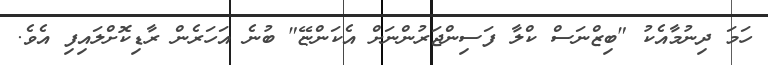
ހަމަ ދިނުމާއެކު "ބިޒްނަސް ކްލާ ފަސިންޖަރުންނަށް އެކަންޏޭ" ބުނެ އަހަރެން ރާޑިކޮށްލައިފި އެވެ.